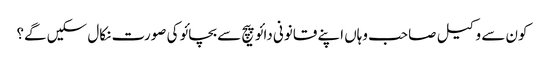
کون سے وکیل صاحب وہاں اپنے قانونی دائو پیچ سے بچائو کی صورت نکال سکیں گے؟